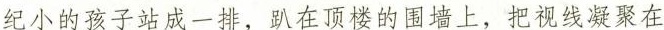
纪小的孩子站成一排，趴在顶楼的围墙上，把视线凝聚在